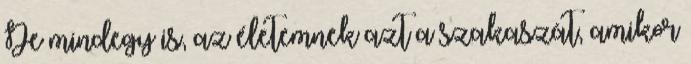
De mindegy is, az életemnek azt a szakaszát, amikor